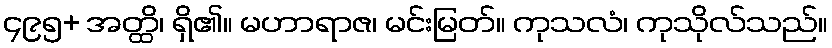
၄၉၅+ အတ္ထိ၊ ရှိ၏။ မဟာရာဇ၊ မင်းမြတ်။ ကုသလံ၊ ကုသိုလ်သည်။